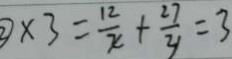
\textcircled { 3 } \times 3 = \frac { 1 2 } { x } + \frac { 2 7 } { y } = 3